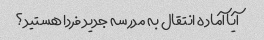
آیا آماده انتقال به مدرسه جدید فردا هستید؟